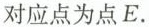
对应点为点E.